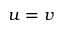
u = v